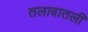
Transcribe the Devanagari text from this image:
तलावातली